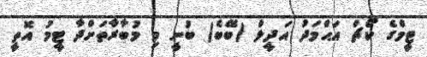
ޓީމްގެ ކޯޗް އަޙްމަދު އަދީލް (ބޭބެ) ބުނީ މި މުބާރާތަށްދާ ޓީމު އޮތީ